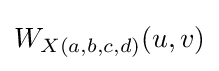
W_{X(a,b,c,d)}(u,v)